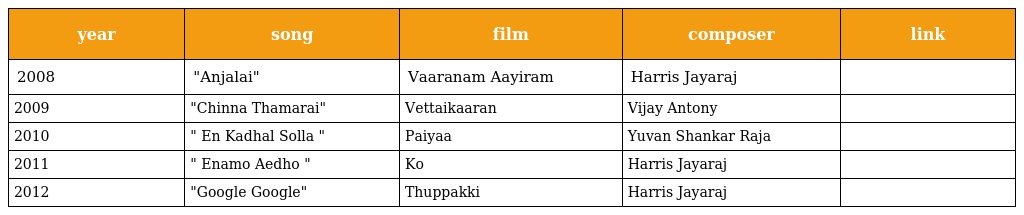
| year | song | film | composer | link |
 | --- | --- | --- | --- | --- |
 | 2008 | "Anjalai" | Vaaranam Aayiram | Harris Jayaraj |  |
 | 2009 | "Chinna Thamarai" | Vettaikaaran | Vijay Antony |  |
 | 2010 | " En Kadhal Solla " | Paiyaa | Yuvan Shankar Raja |  |
 | 2011 | " Enamo Aedho " | Ko | Harris Jayaraj |  |
 | 2012 | "Google Google" | Thuppakki | Harris Jayaraj |  |